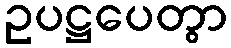
ဥပဋ္ဌပေတွာ